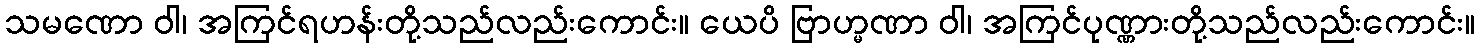
သမဏော ဝါ၊ အကြင်ရဟန်းတို့သည်လည်းကောင်း။ ယေပိ ဗြာဟ္မဏာ ဝါ၊ အကြင်ပုဏ္ဏားတို့သည်လည်းကောင်း။